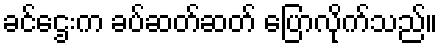
ခင်ဌေးက ခပ်ဆတ်ဆတ် ပြောလိုက်သည်။